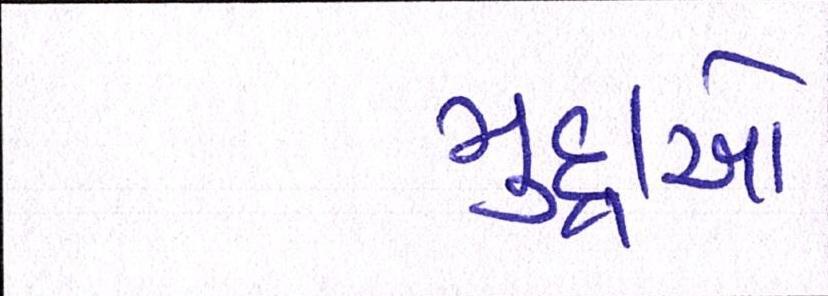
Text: મુદ્દાઓ